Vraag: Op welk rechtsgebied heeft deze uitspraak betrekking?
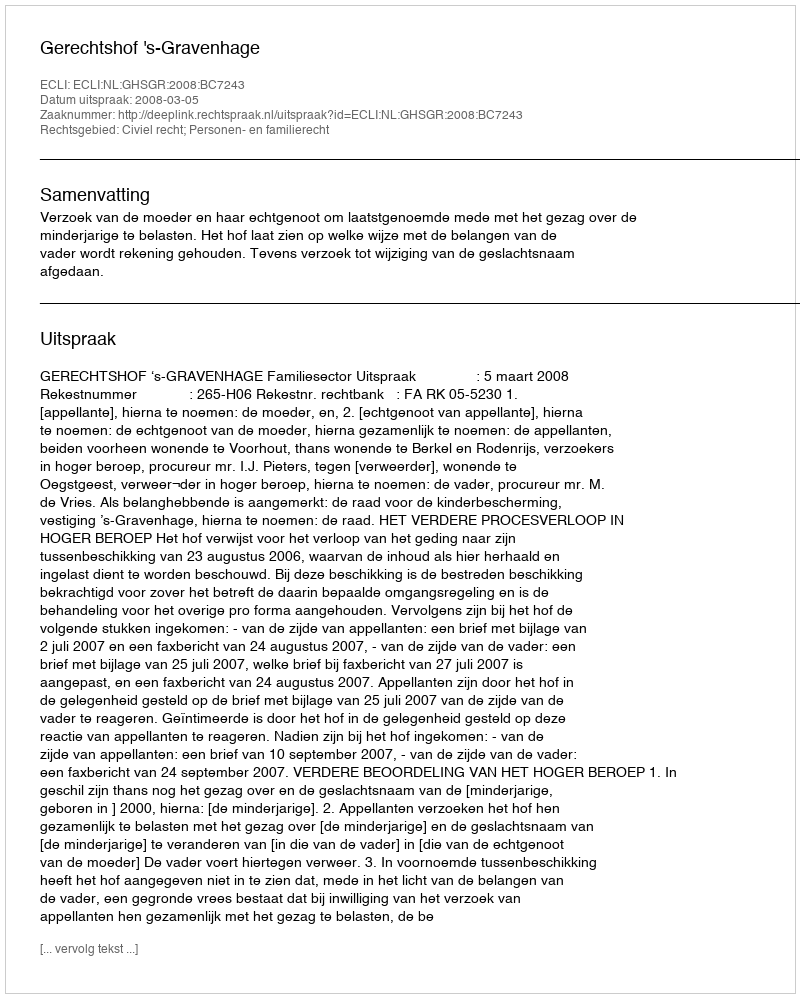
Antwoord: Civiel recht; Personen- en familierecht